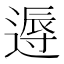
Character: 𨕯